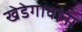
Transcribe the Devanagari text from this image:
खेडेगावांना